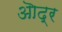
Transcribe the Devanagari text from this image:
ऒद्र